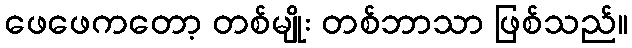
ဖေဖေကတော့ တစ်မျိုး တစ်ဘာသာ ဖြစ်သည်။